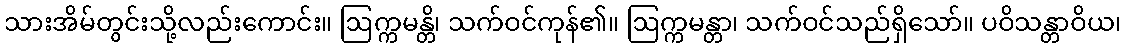
သားအိမ်တွင်းသို့လည်းကောင်း။ ဩက္ကမန္တိ၊ သက်ဝင်ကုန်၏။ ဩက္ကမန္တာ၊ သက်ဝင်သည်ရှိသော်။ ပဝိသန္တာဝိယ၊